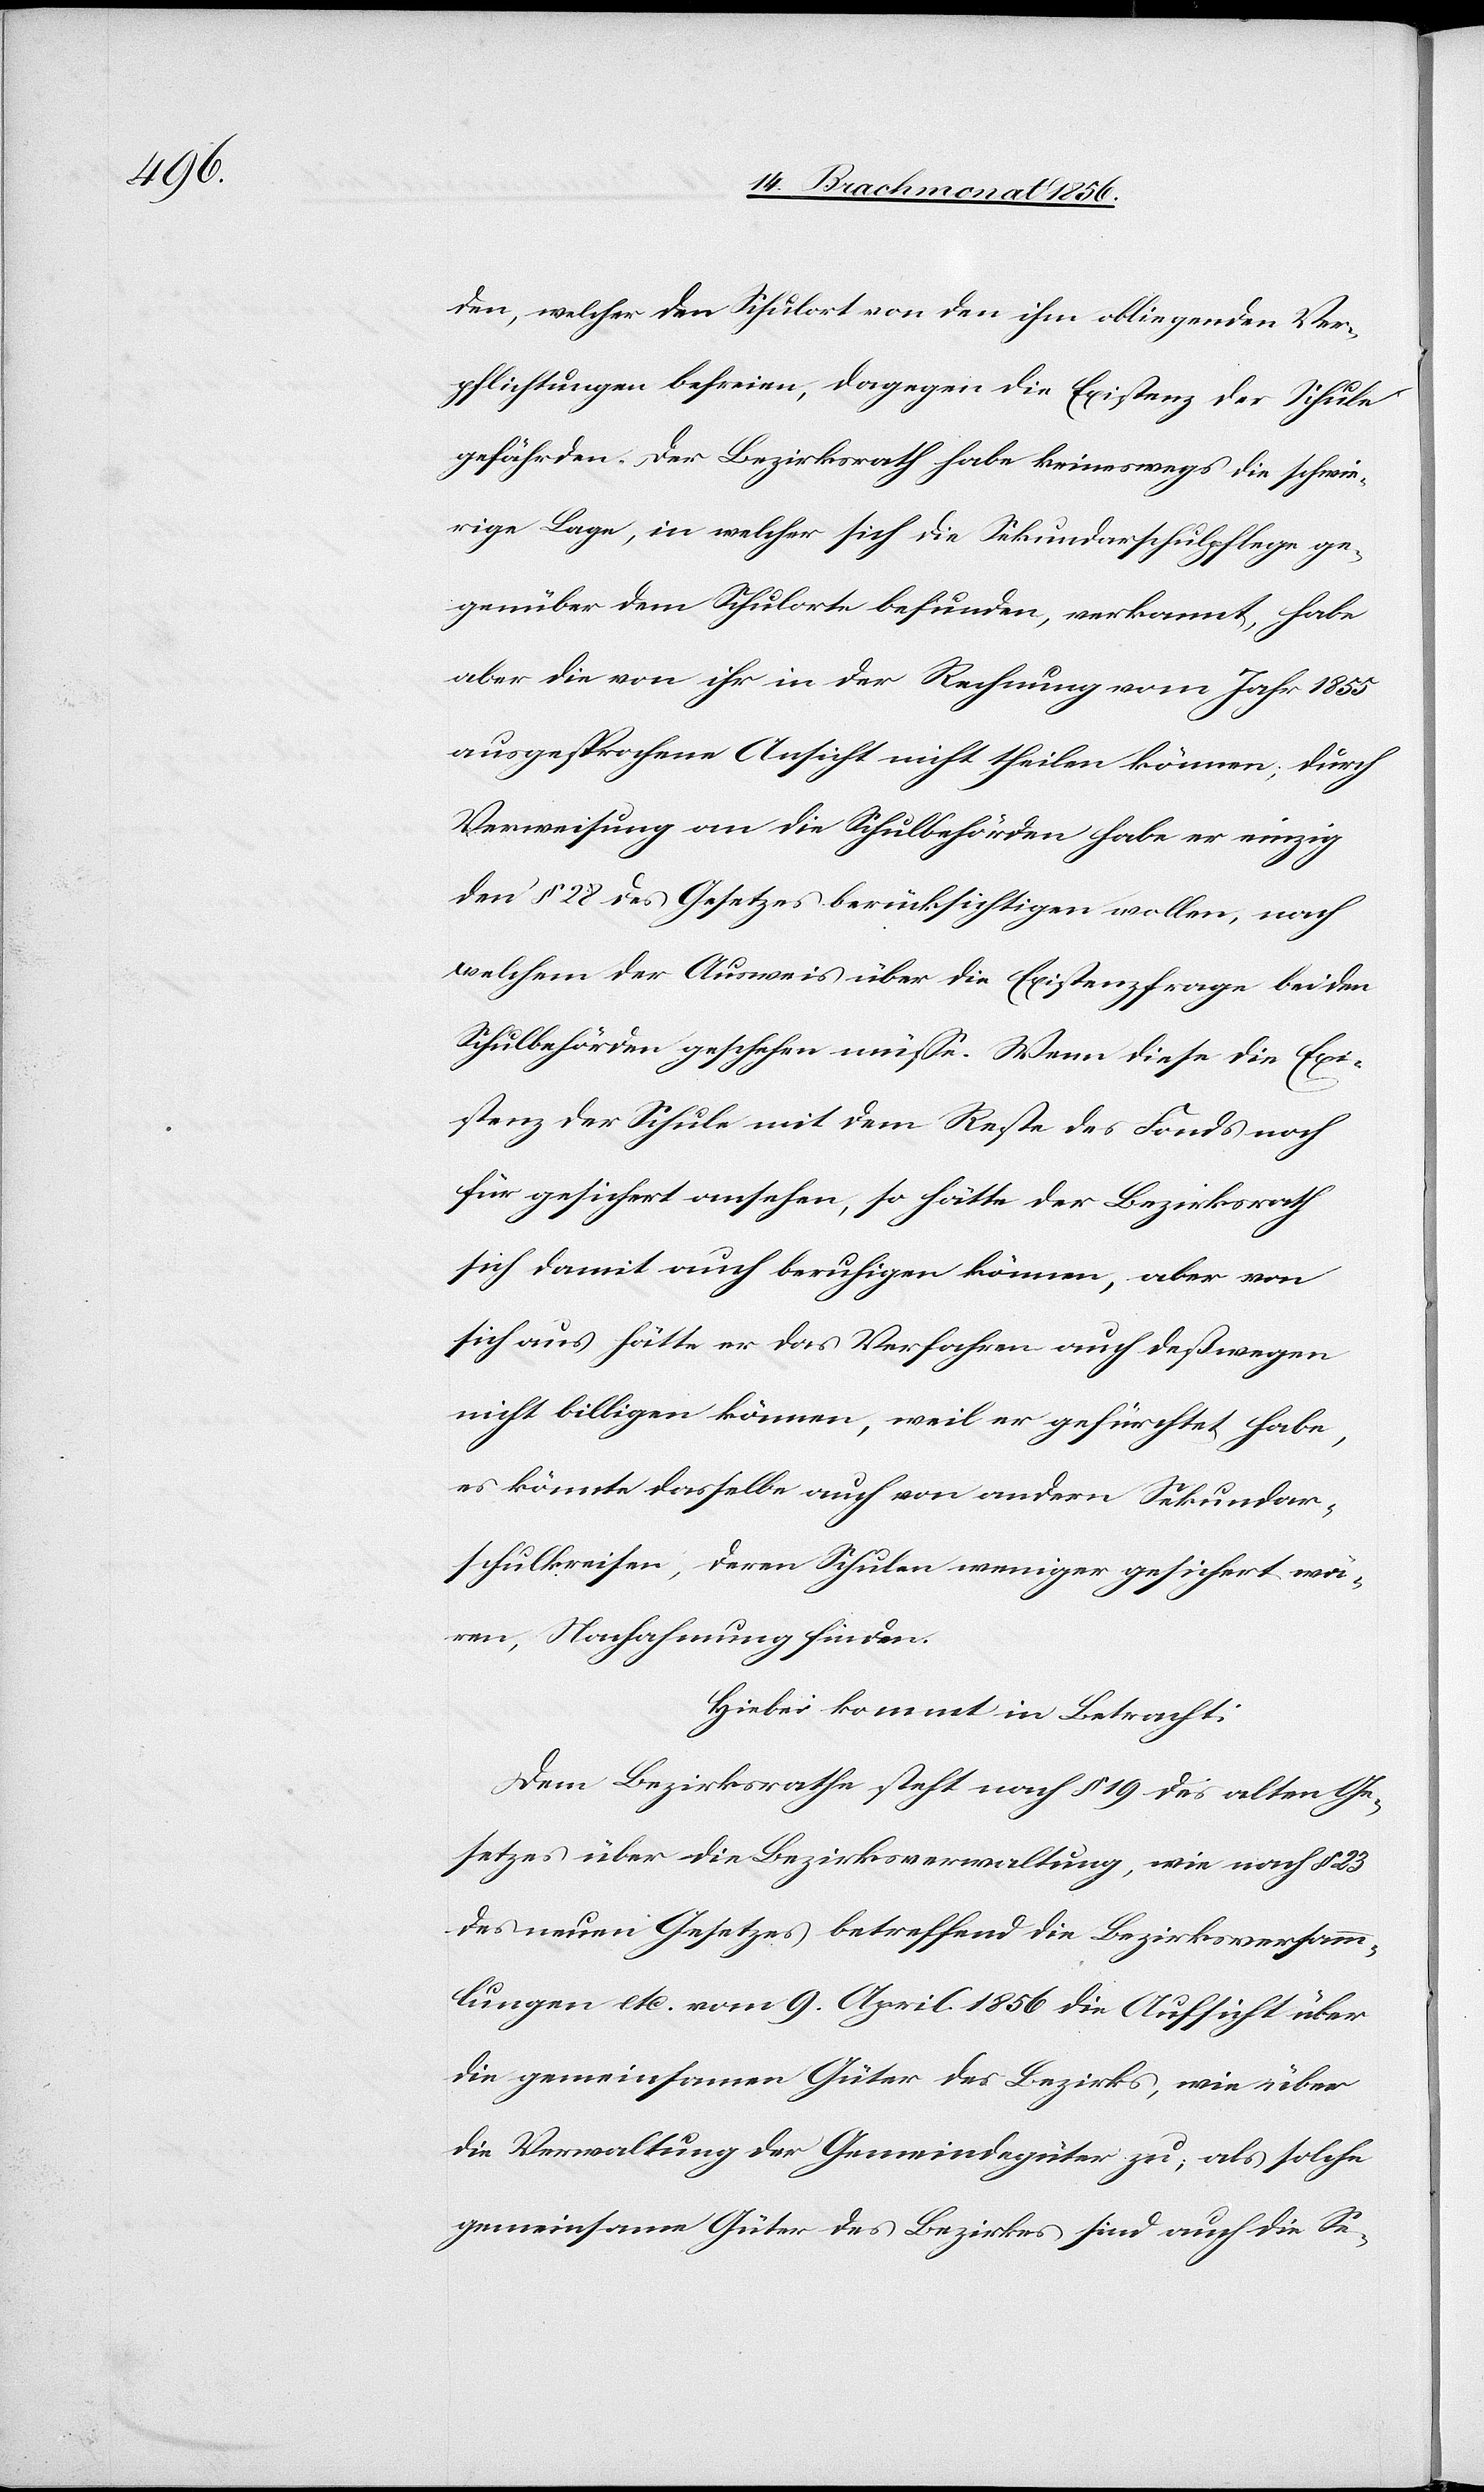
den, welcher den Schulort von den ihm obliegenden Ver¬
pflichtungen befreien, dagegen die Existenz der Schule
gefährden. Der Bezirksrath habe keineswegs die schwie¬
rige Lage, in welcher sich die Sekundarschulpflege ge¬
genüber dem Schulorte gefunden, verkannt, habe
aber die von ihr in der Rechnung vom Jahr 1855
ausgesprochene Ansicht nicht theilen können; durch
Verweisung an die Schulbehörden habe er einzig
den § 28 des Gesetzes berücksichtigen wollen, nach
welchem der Ausweis über die Existenzfrage bei den
Schulbehörden geschehen müsse. Wenn diese die Exi¬
stenz der Schule mit dem Reste des Fonds noch
für gesichert ansehen, so hätte der Bezirksrath
sich damit auch beruhigen können, aber von
sich aus hätte er das Verfahren auch deßwegen
nicht billigen können, weil er gefürchtet habe,
es könnte dasselbe auch von andern Sekundar¬
schulkreisen, deren Schulen weniger gesichert wä¬
ren, Nachahmung finden.
Hiebei kommt in Betracht:
Dem Bezirksrathe steht nach § 19 des alten Ge¬
setzes über die Bezirksverwaltung, wie nach § 23
des neuen Gesetzes betreffend die Bezirksversamm¬
lungen etc. vom 9. April 1856 die Aufsicht über
die gemeinsamen Güter des Bezirks, wie über
die Verwaltung der Gemeindegüter zu; als solche
gemeinsame Güter des Bezirkes sind auch die Se-